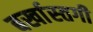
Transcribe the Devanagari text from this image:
बर्खास्‍तगी